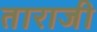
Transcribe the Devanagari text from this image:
ताराजी